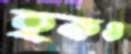
হকও